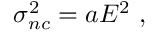
\sigma _ { n c } ^ { 2 } = a E ^ { 2 } \ ,